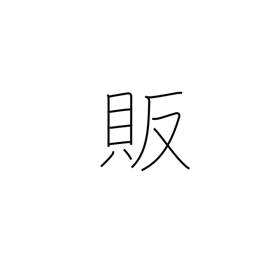
Meaning: trade